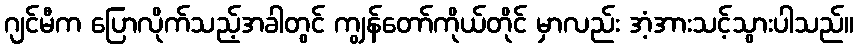
ဂျင်မီက ပြောလိုက်သည့်အခါတွင် ကျွန်တော်ကိုယ်တိုင် မှာလည်း အံ့အားသင့်သွားပါသည်။